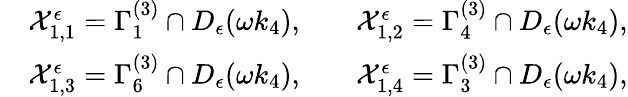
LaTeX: \begin{array}{rlrl}&{\mathcal{X}_{1,1}^{\epsilon}=\Gamma_{1}^{(3)}\cap D_{\epsilon}(\omega k_{4}),}&&{\mathcal{X}_{1,2}^{\epsilon}=\Gamma_{4}^{(3)}\cap D_{\epsilon}(\omega k_{4}),}\\ &{\mathcal{X}_{1,3}^{\epsilon}=\Gamma_{6}^{(3)}\cap D_{\epsilon}(\omega k_{4}),}&&{\mathcal{X}_{1,4}^{\epsilon}=\Gamma_{3}^{(3)}\cap D_{\epsilon}(\omega k_{4}),}\end{array}